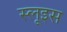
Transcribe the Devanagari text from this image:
स्लूइस